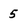
Character: 5